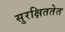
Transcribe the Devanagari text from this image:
सुरक्षिततेत